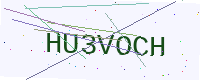
Text: HU3VOCH